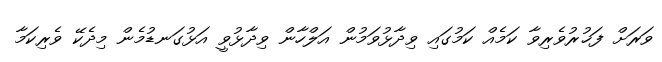
ވަރަށް ފަޚުރުވެރިވާ ކަމެއް ކަމުގައި ވިދާޅުވަމުން އަލްހާން ވިދާޅުވީ އަޅުގަނޑުމެން މިދެކޭ ވެރިކަމާ